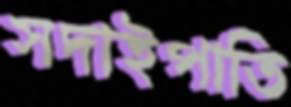
সদাইপাতি